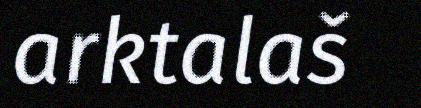
arktalaš